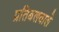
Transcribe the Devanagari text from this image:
प्रतिबलवाले